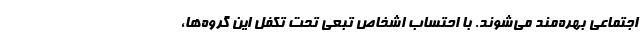
اجتماعی بهره‌مند می‌شوند. با احتساب اشخاص تبعی تحت تکفل این گروه‌ها،